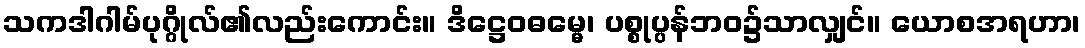
သကဒါဂါမ်ပုဂ္ဂိုလ်၏လည်းကောင်း။ ဒိဋ္ဌေဝဓမ္မေ၊ ပစ္စုပ္ပန်ဘဝ၌သာလျှင်။ ယောစအရဟာ၊